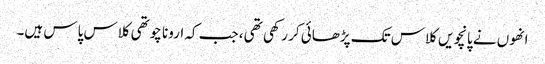
انھوں نے پانچویں کلاس تک پڑھائی کر رکھی تھی، جب کہ ارونا چوتھی کلاس پاس ہیں۔